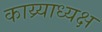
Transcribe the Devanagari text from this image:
काय्र्याध्यक्ष